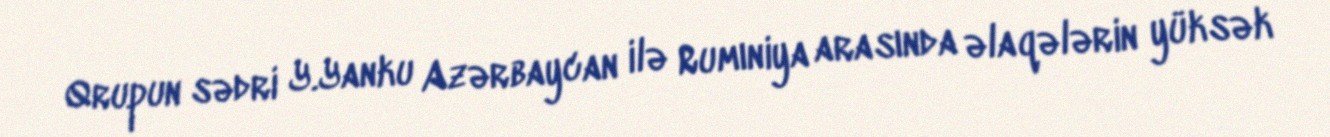
Qrupun sədri Y.Yanku Azərbaycan ilə Rumıniya arasında əlaqələrin yüksək